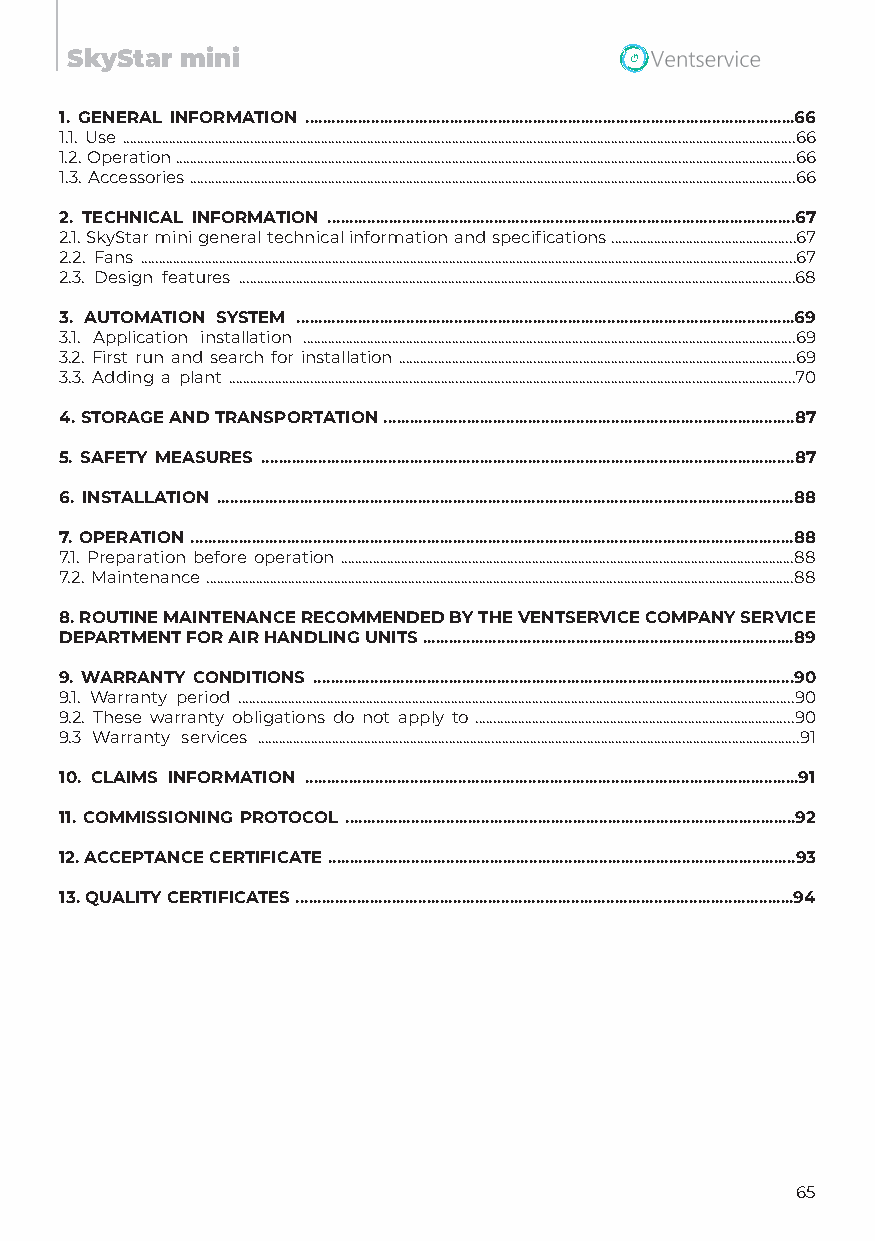
SkyStar mini
 1. GENERAL INFORMATION ................................................................................................................66
 1.1. Use ..............................................................................................................................................................................................66
 1.2. Operation ...............................................................................................................................................................................66
 1.3. Accessories ...........................................................................................................................................................................66
 2. TECHNICAL INFORMATION ...........................................................................................................67
 2.1. SkyStar mini general technical information and specifications ....................................................67
 2.2. Fans .........................................................................................................................................................................................67
 2.3. Design features .............................................................................................................................................................68
 3. AUTOMATION SYSTEM ..................................................................................................................69
 3.1. Application installation ...........................................................................................................................................69
 3.2. First run and search for installation ................................................................................................................69
 3.3. Adding a plant ................................................................................................................................................................70
 4.STORAGE AND TRANSPORTATION ..............................................................................................87
 5. SAFETY MEASURES ..........................................................................................................................87
 6. INSTALLATION ....................................................................................................................................88
 7.OPERATION ..........................................................................................................................................88
 7.1. Preparation before operation ................................................................................................................................88
 7.2. Maintenance ......................................................................................................................................................................88
 8.ROUTINE MAINTENANCE RECOMMENDED BY THE VENTSERVICE COMPANY SERVICE
 DEPARTMENT FOR AIR HANDLING UNITS .....................................................................................89
 9. WARRANTY CONDITIONS ..............................................................................................................90
 9.1. Warranty period .............................................................................................................................................................90
 9.2. These warranty obligations do not apply to ..........................................................................................90
 9.3 Warranty services .........................................................................................................................................................91
 10. CLAIMS INFORMATION .................................................................................................................91
 11. COMMISSIONING PROTOCOL .......................................................................................................92
 12.ACCEPTANCE CERTIFICATE ...........................................................................................................93
 13.QUALITY CERTIFICATES ..................................................................................................................94
 65